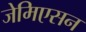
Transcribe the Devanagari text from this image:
जेमिएसन